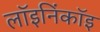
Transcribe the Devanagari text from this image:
लॉइनिंकॉइ